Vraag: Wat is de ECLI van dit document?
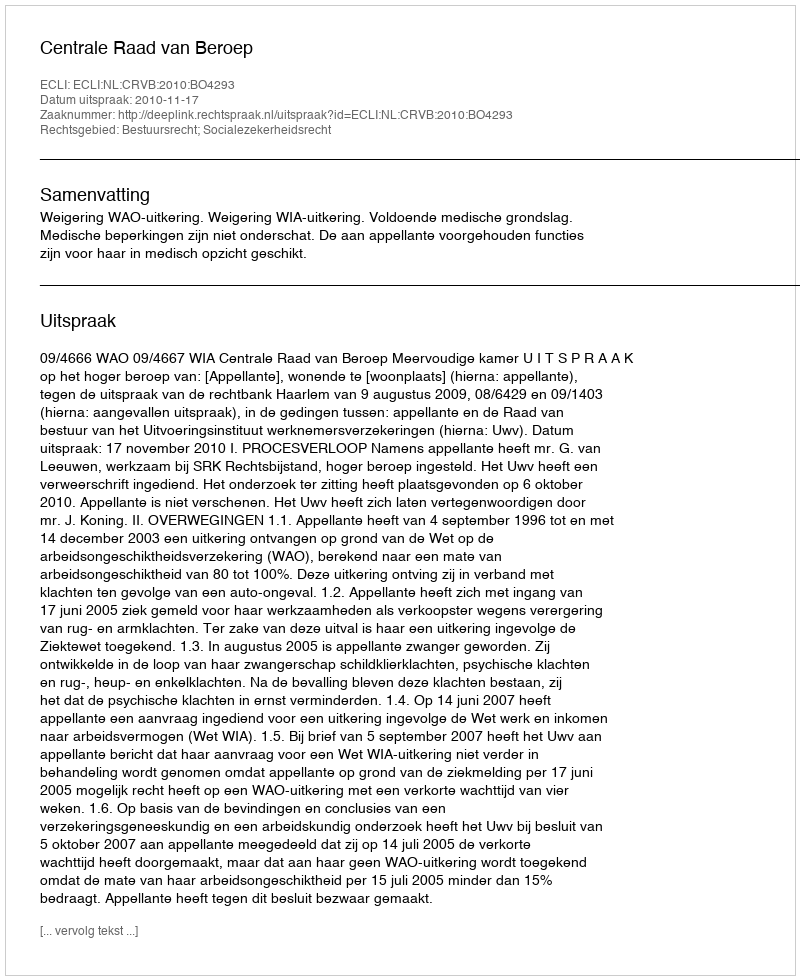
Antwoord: ECLI:NL:CRVB:2010:BO4293